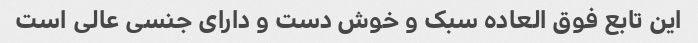
این تابع فوق العاده سبک و خوش دست و دارای جنسی عالی است